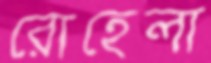
রোহেলা